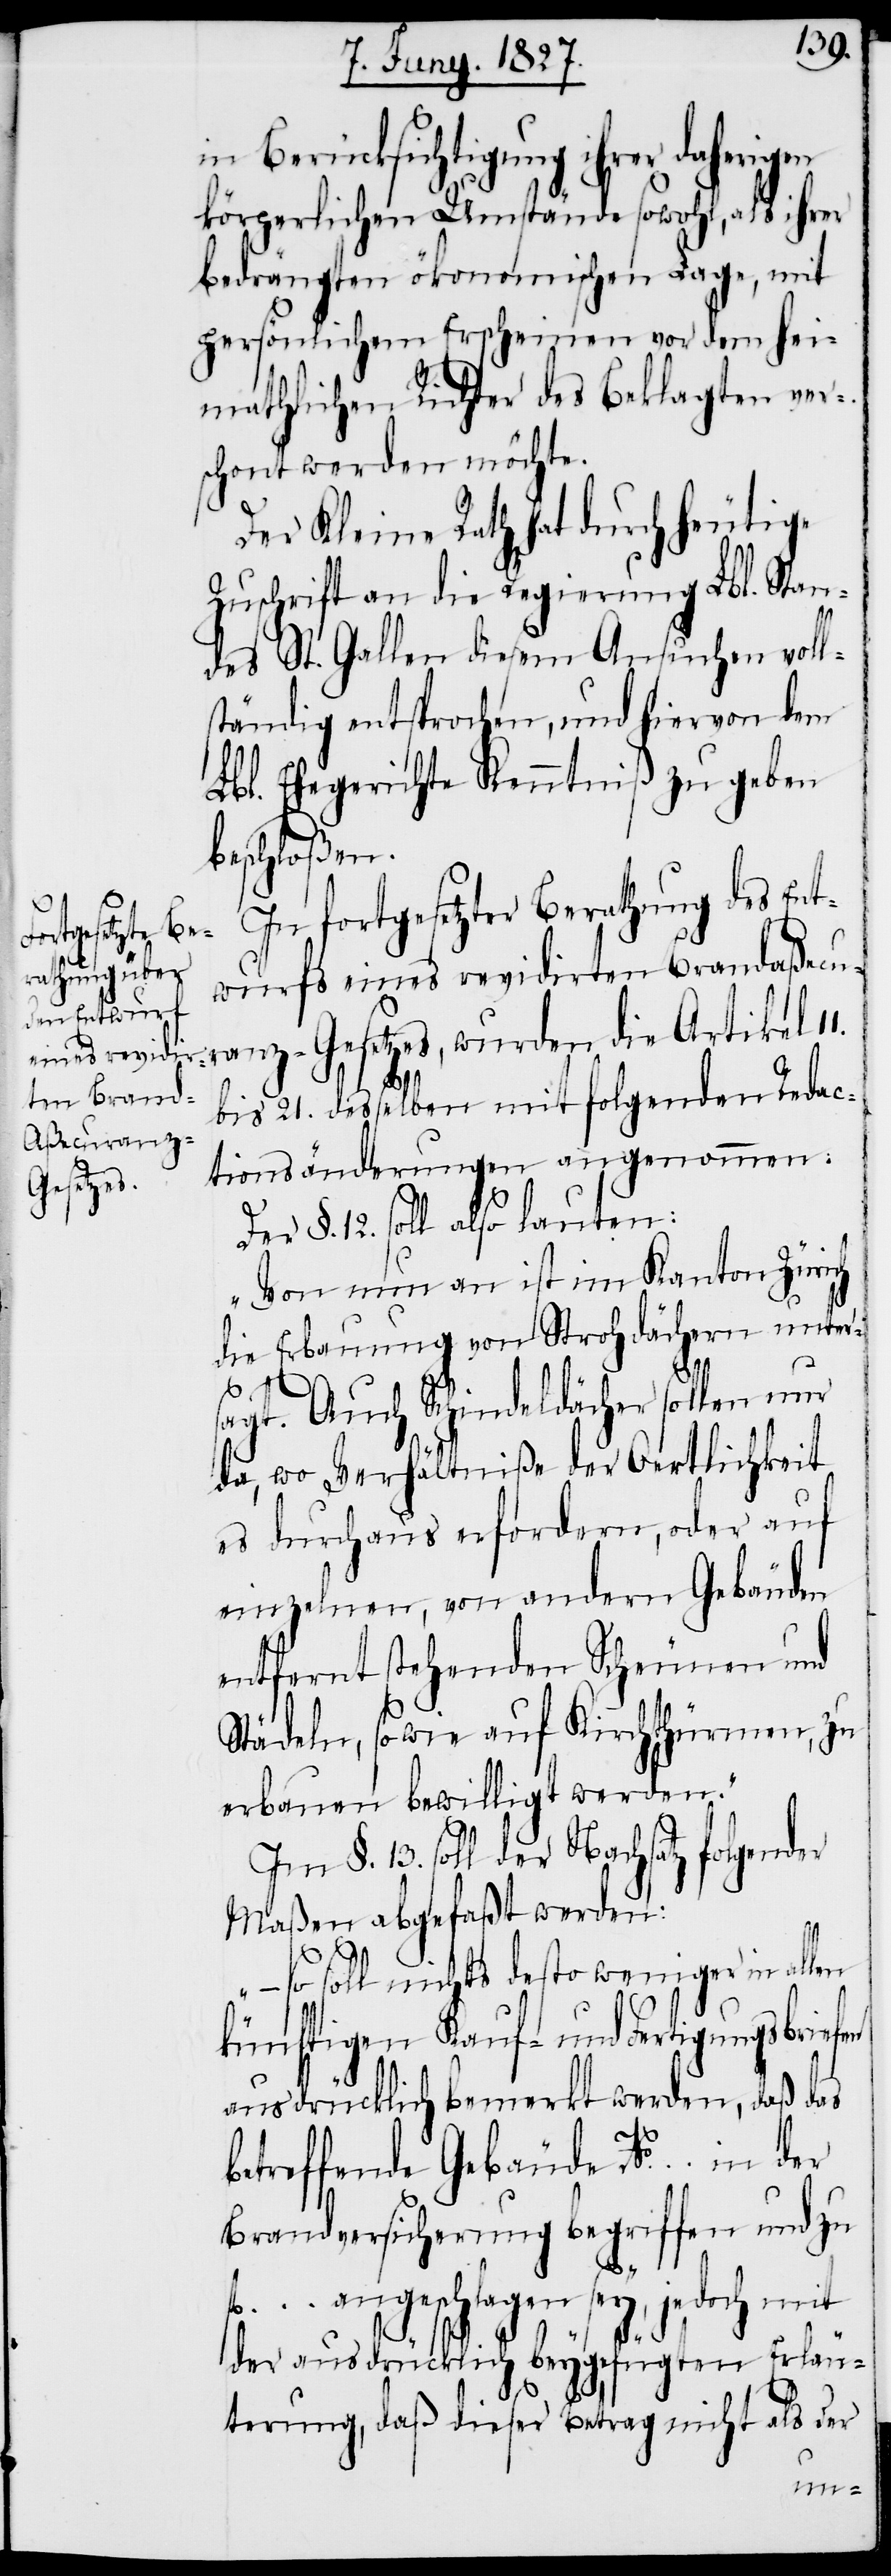
in Berücksichtigung ihrer daherig¬
körperlichen Umstände sowohl, als ihrer
bedrängten ökonomischen Lage, mit
persönlichem Erscheinen vor dem hei¬
mathlichen Richter des Beklagten ver¬
schont werden möchte.
Der Kleine Rath hat durch heutige
Zuschrift an die Regierung Lbl. Stan¬
des St. Gallen diesem Ansuchen voll¬
ständig entsprochen, und hiervon dem
Lbl. Ehegerichte Kenntniß zu geben
beschloßen.
In fortgesetzter Berathung des Ent¬
wurfs eines revidirten Brandaßecu¬
ranz-Gesetzes, wurden die Artikel
bis 21. desselben mit folgenden Redac¬
tionsänderungen angenommen:
Der §. 12. soll also lauten:
„Von nun an ist im Kanton Zürich
die Erbauung von Strohdächern unter¬
...
sagt. Auch Schindeldächer sollen nur
da, wo Verhältniße der Oertlichkeit
es durchaus erfordern, oder auf
einzelnen, von andern Gebäuden
entfernt stehenden Scheunen und
Städeln, sowie auf Kirchthürmen, zu
erbauen bewilligt werden.“
§. 13. soll der Nachsatz folgender
Maßen abgefaßt werden:
– so soll nichts desto weniger in al¬
künftigen Kauf- und Fertigungsbrie¬
ausdrücklich bemerkt werden, daß das
fl.
betreffende Gebäude No.
Brandversicherung begriffen und zu
... angeschlagen sey, jedoch mit
der ausdrücklich beygefügten Erläu¬
terung, daß dieser Betrag nicht als der
in